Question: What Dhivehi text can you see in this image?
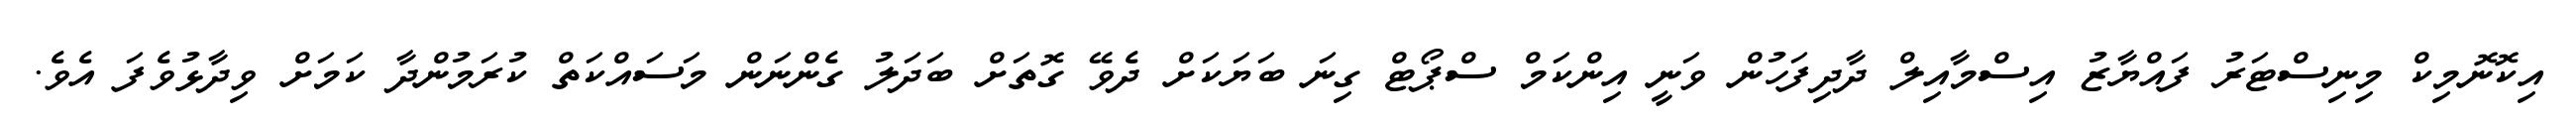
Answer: އިކޮނޮމިކް މިނިސްޓަރު ފައްޔާޒު އިސްމާއިލް ދާދިފަހުން ވަނީ އިންކަމް ސްޕޯޓް ގިނަ ބަޔަކަށް ދެވޭ ގޮތަށް ބަދަލު ގެންނަން މަސައްކަތް ކުރަމުންދާ ކަމަށް ވިދާޅުވެފަ އެވެ.